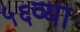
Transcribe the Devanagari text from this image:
५६व्या